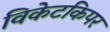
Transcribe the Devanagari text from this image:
विकेटकिपर